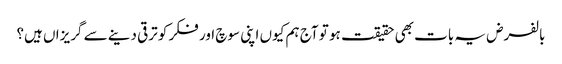
بالفرض یہ بات بھی حقیقت ہو تو آج ہم کیوں اپنی سوچ اور فکر کو ترقی دینے سے گریزاں ہیں؟